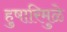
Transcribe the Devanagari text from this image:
हुषारिमुळे